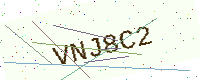
Text: VNJ8C2